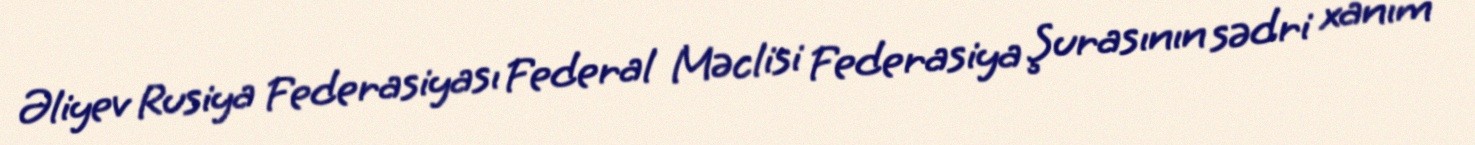
Əliyev Rusiya Federasiyası Federal Məclisi Federasiya Şurasının sədri xanım